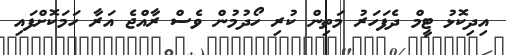
އިދިކޮޅު ޓީމް ދެފަހަރު މަތިން ކުރި ހޯދުމުން ވެސް ރާއްޖެ އަރާ ހަމަކޮށްފައި